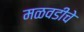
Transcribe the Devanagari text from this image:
मळवडीचे